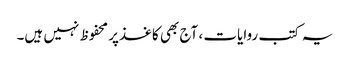
یہ کتب روایات ، آج بھی کاغذ‌پر محفوظ نہیں ہیں۔